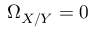
\Omega _ { X / Y } = 0